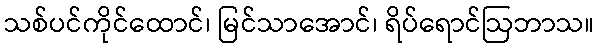
သစ်ပင်ကိုင်ထောင်၊ မြင်သာအောင်၊ ရိပ်ရောင်ဩဘာသ။